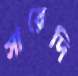
সায়েদি